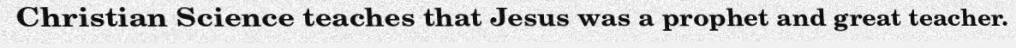
Christian Science teaches that Jesus was a prophet and great teacher.